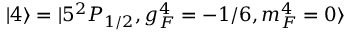
| 4 \rangle = | 5 ^ { 2 } P _ { 1 / 2 } , g _ { F } ^ { 4 } = - 1 / 6 , m _ { F } ^ { 4 } = 0 \rangle